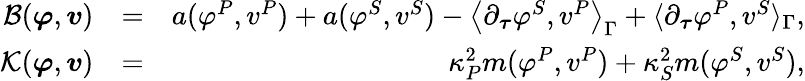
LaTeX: \begin{array}{rlr}{\mathcal{B}(\boldsymbol{\varphi},\boldsymbol{v})}&{=}&{a(\varphi^{P},v^{P})+a(\varphi^{S},v^{S})-\left\langle\partial_{\boldsymbol{\tau}}\varphi^{S},v^{P}\right\rangle_{\Gamma}+\langle\partial_{\boldsymbol{\tau}}\varphi^{P},v^{S}\rangle_{\Gamma},}\\ {\mathcal{K}(\boldsymbol{\varphi},\boldsymbol{v})}&{=}&{\kappa_{P}^{2}m(\varphi^{P},v^{P})+\kappa_{S}^{2}m(\varphi^{S},v^{S}),}\end{array}